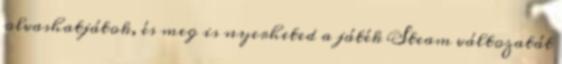
olvashatjátok, és meg is nyerheted a játék Steam változatát